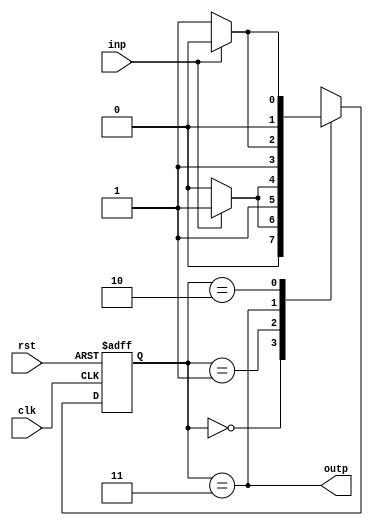
module gray_code_state_machine (
    input wire clk,
    input wire rst,
    input wire inp,
    output reg outp
);

parameter STATE_0 = 2'b00;
parameter STATE_1 = 2'b01;
parameter STATE_2 = 2'b11;
parameter STATE_3 = 2'b10;

reg [1:0] state, next_state;

always @(posedge clk or posedge rst) begin
    if (rst) begin
        state <= STATE_0;
    end else begin
        state <= next_state;
    end
end

always @(state, inp) begin
    case(state)
        STATE_0: begin
            if (inp) begin
                next_state = STATE_1;
            end else begin
                next_state = STATE_0;
            end
        end
        
        STATE_1: begin
            if (inp) begin
                next_state = STATE_2;
            end else begin
                next_state = STATE_3;
            end
        end
        
        STATE_2: begin
            if (inp) begin
                next_state = STATE_3;
            end else begin
                next_state = STATE_2;
            end
        end
        
        STATE_3: begin
            if (inp) begin
                next_state = STATE_0;
            end else begin
                next_state = STATE_1;
            end
        end
    endcase
end

assign outp = (state == STATE_2);

endmodule